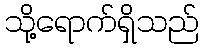
သို့ရောက်ရှိသည်